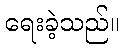
ရေးခဲ့သည်။